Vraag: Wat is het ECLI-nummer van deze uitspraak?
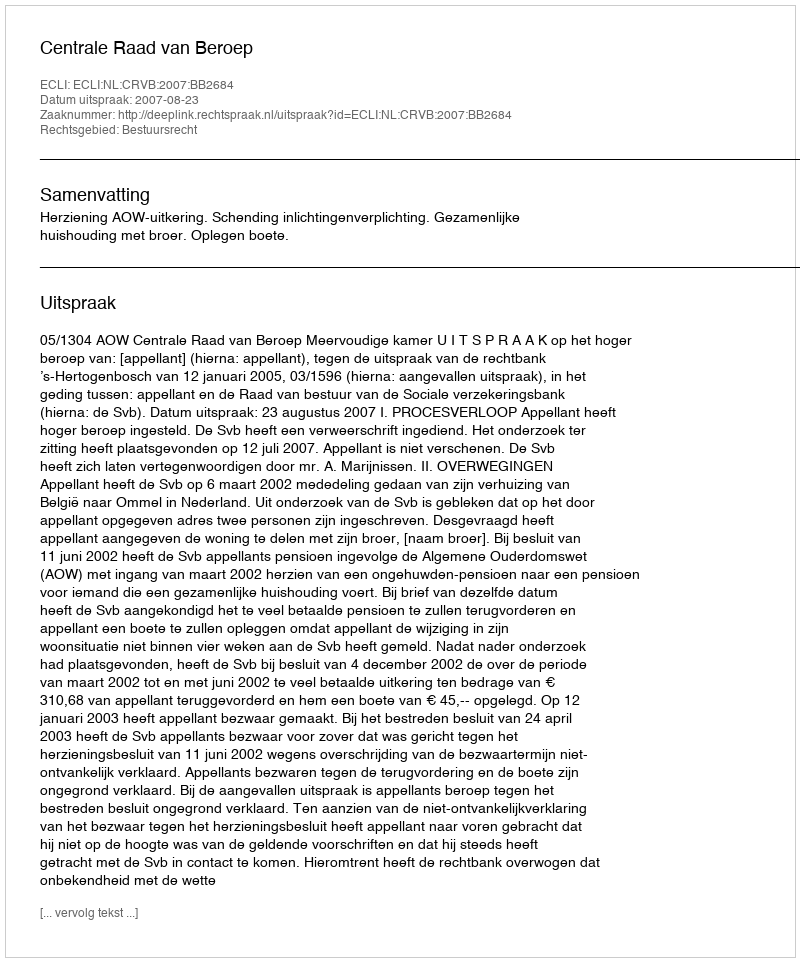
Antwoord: ECLI:NL:CRVB:2007:BB2684